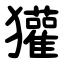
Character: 獾